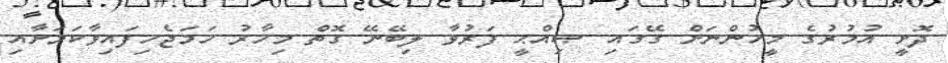
ދޮށީ އުމުރުގެ މީހުންނަށް ގޭގައި ޞިއްޙީ ފަރުވާ ލިބޭނޭ ގޮތް މިހާރު ހަމަޖެހިފައިވާކަމަށާއި